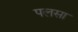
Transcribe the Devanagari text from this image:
पलसा